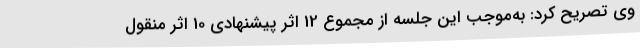
وی تصریح کرد: به‌موجب این جلسه از مجموع 12 اثر پیشنهادی 10 اثر منقول